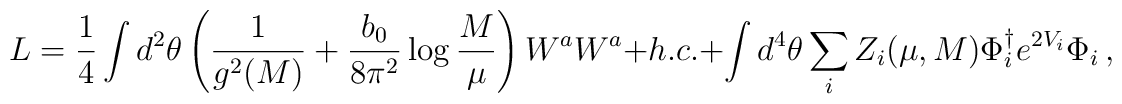
L=  {1 \over 4} \int  d^2 \theta\left( {1 \over g^2(M) } + {b_0 \over 8 \pi^2} \log {M \over \mu}\right) W^a W^a + h.c. +  \int d^4\theta \sum_i Z_i(\mu, M) \Phi_i^{\dagger}e^{2V_i}  \Phi_i \, ,